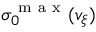
\sigma _ { 0 } ^ { \mathrm { ~ m ~ a ~ x ~ } } ( v _ { \xi } )